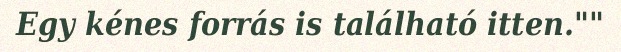
Egy kénes forrás is található itten.""